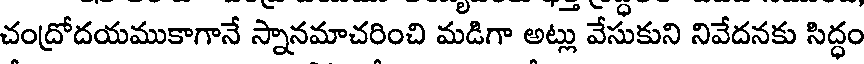
చంద్రోదయముకాగానే స్నానమాచరించి మడిగా అట్లు వేసుకుని నివేదనకు సిద్ధం